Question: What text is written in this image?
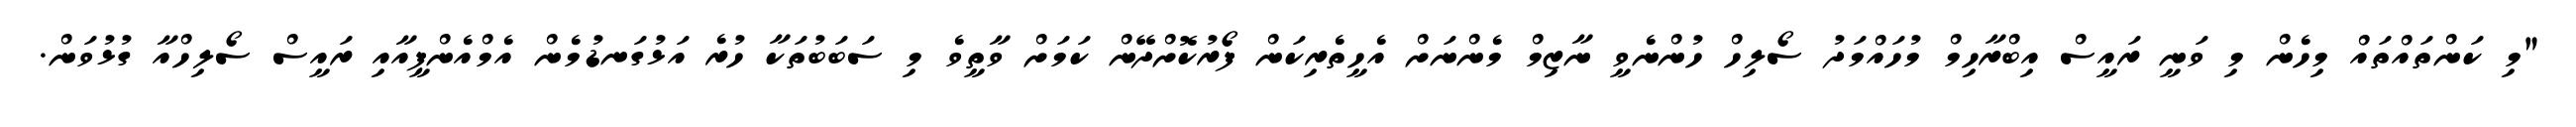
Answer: "މި ކަންތައްތައް މިހެން މި ވަނީ ރައީސް އިބްރާހިމް މުހައްމަދު ސޯލިހް ހުންނެވީ ނާޒިމް މެންނަށް އެހީތެރިކަން ފޯރުކޮށްދޭން ކަމަށް ވާތީވެ މި ސަބަބުތަކާ ހުރެ އަޅުގަނޑުމެން އެމްއެންޕީއާއި ރައީސް ސޯލިހްއާ ގުޅުވަން.